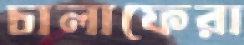
চালাফেরা